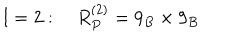
l = 2 : \quad R _ { P } ^ { ( 2 ) } = 9 _ { B } \times 9 _ { B }